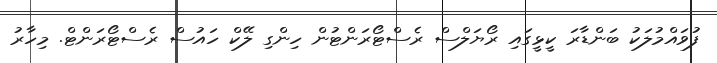
ފުވައްމުލަކު ބަންޑާރަ ކީޅީގައި ރޯޔަލްސް ރެސްޓޯރަންޓުން ހިންގި ލޭކް ހައުސް ރެސްޓޯރަންޓް. މިހާރު